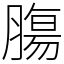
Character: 膓